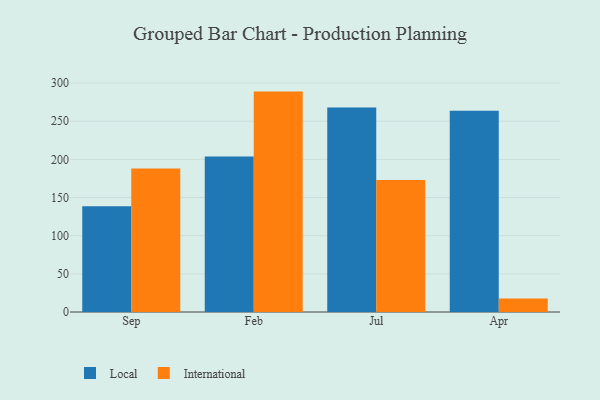
{"axis": {"x": "Month", "y": "Gross Profit (USD K)"}, "legend": ["International", "Local"], "data": [{"x": "Sep", "y": 138.7, "type": "Local"}, {"x": "Sep", "y": 187.9, "type": "International"}, {"x": "Feb", "y": 203.9, "type": "Local"}, {"x": "Feb", "y": 288.8, "type": "International"}, {"x": "Jul", "y": 268.1, "type": "Local"}, {"x": "Jul", "y": 173.0, "type": "International"}, {"x": "Apr", "y": 263.7, "type": "Local"}, {"x": "Apr", "y": 17.6, "type": "International"}]}